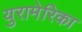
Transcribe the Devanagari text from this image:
युरामेरिका